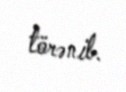
törənib.